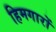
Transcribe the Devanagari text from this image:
हिमगारों